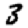
Digit: 3